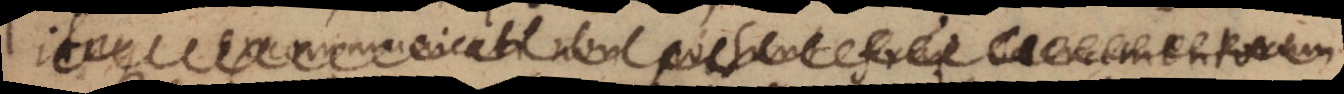
Itaque excommunicati non possunt frui sacramentorum